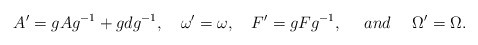
\begin{align*}A'=g Ag^{-1} +g dg^{-1}, \ \ \ \omega '=\omega, \ \ \ F'=g Fg^{-1}, \ \ \ \ and \ \ \ \ \Omega ' =\Omega .\end{align*}